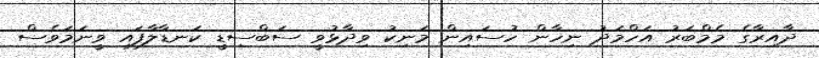
ދާއިރާގެ މެމްބަރު އަހްމަދު ނިހާން ހުސައިން މަނިކު ވިދާޅުވީ ސަބްސިޑީ ކަނޑާލާފައި ވީނަމަވެސް